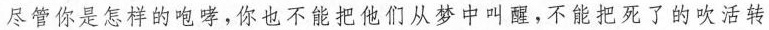
尽管你是怎样的咆哮，你也不能把他们从梦中叫醒，不能把死了的吹活转